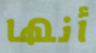
أنها